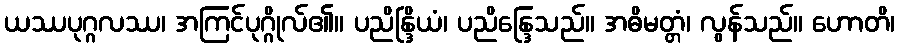
ယဿပုဂ္ဂလဿ၊ အကြင်ပုဂ္ဂိုလ်၏။ ပညိန္ဒြိယံ၊ ပညိန္ဒြေသည်။ အဓိမတ္တံ၊ လွန်သည်။ ဟောတိ၊